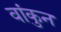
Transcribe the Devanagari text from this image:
वांकुन